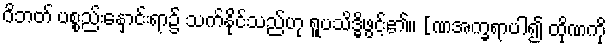
ဝိဘတ် ပစ္စည်းနှောင်းရာ၌ သက်နိုင်သည်ဟု ရူပသိဒ္ဓိဖွင့်၏။ [ဏအက္ခရာပါ၍ ထိုဏကို